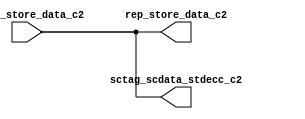
// ========== Copyright Header Begin ==========================================
// 
// OpenSPARC T1 Processor File: sctag_stdatarep.v
// Copyright (c) 2006 Sun Microsystems, Inc.  All Rights Reserved.
// DO NOT ALTER OR REMOVE COPYRIGHT NOTICES.
// 
// The above named program is free software; you can redistribute it and/or
// modify it under the terms of the GNU General Public
// License version 2 as published by the Free Software Foundation.
// 
// The above named program is distributed in the hope that it will be 
// useful, but WITHOUT ANY WARRANTY; without even the implied warranty of
// MERCHANTABILITY or FITNESS FOR A PARTICULAR PURPOSE.  See the GNU
// General Public License for more details.
// 
// You should have received a copy of the GNU General Public
// License along with this work; if not, write to the Free Software
// Foundation, Inc., 51 Franklin St, Fifth Floor, Boston, MA 02110-1301, USA.
// 
// ========== Copyright Header End ============================================
module sctag_stdatarep(/*AUTOARG*/
   // Outputs
   rep_store_data_c2, sctag_scdata_stdecc_c2, 
   // Inputs
   arbdp_store_data_c2
   );


// The left has 78 M3 pins.
// This control block needs to be 300-350U tall and ~50-60U wide.
input  [77:0]	arbdp_store_data_c2; // LEft

output  [77:0]	rep_store_data_c2;  // Top
output  [77:0]	sctag_scdata_stdecc_c2;  // Right


// 78 data bits.
assign	sctag_scdata_stdecc_c2 = arbdp_store_data_c2 ;


assign	rep_store_data_c2 = arbdp_store_data_c2 ;


endmodule